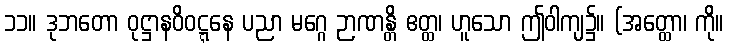
၁၁။ ဒုဘတော ဝုဋ္ဌာနဝိဝဋ္ဋနေ ပညာ မဂ္ဂေ ဉာဏန္တိ ဧတ္ထ၊ ဟူသော ဤဝါကျ၌။ (အတ္ထော၊ ကို။